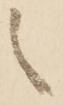
之